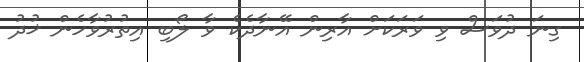
ގިނަ ދުވަސް ވި ވަރަކަށް އާރިން އޭނާދެކެ ވާ ލޯބި އިތުރުވާހެން ޚުދު